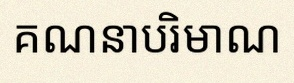
គណនាបរិមាណ